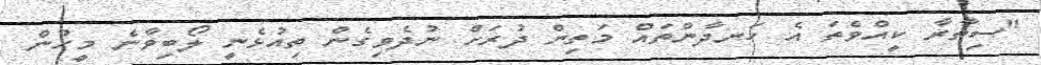
"ސިތާރާ ކީއްވެތަ އެ ހަނދާންތައް މަތިން ދުރަށް ނުދެވިގެން ތިއުޅެނީ ލޯބިވާނެ މީހުން